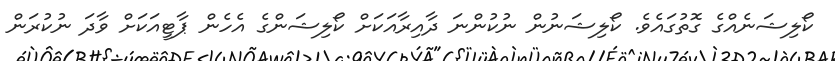
ކޯލިޝަނެއްގެ ގޮތުގައެވެ. ކޯލިޝަނުން ނުކުންނަ ދާއިރާއަކަށް ކޯލިޝަންގެ އެހެން ޕާޓީއަކަށް ވާދަ ނުކުރަން